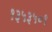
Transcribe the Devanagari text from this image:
१३५३५०१